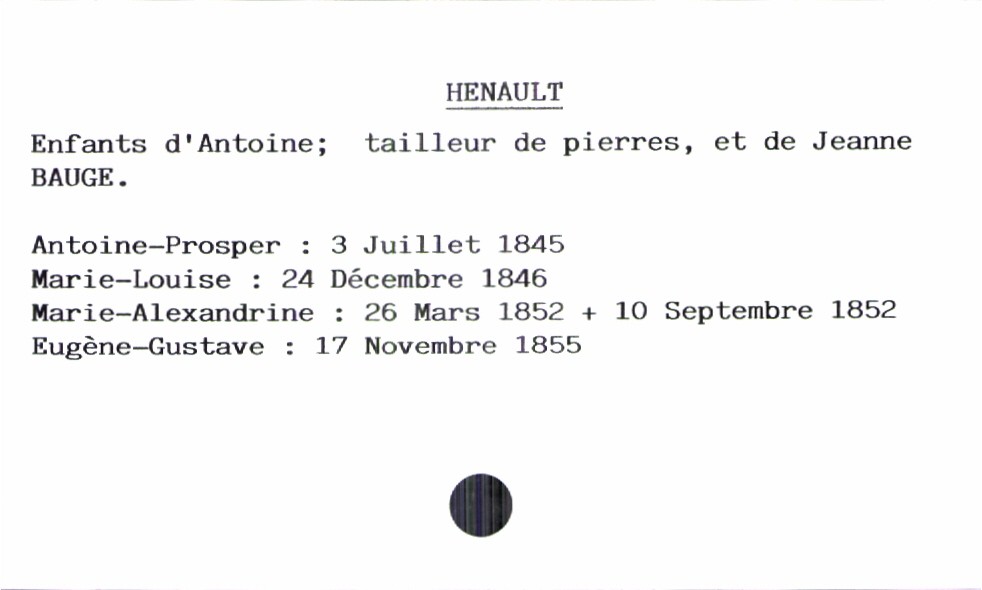
type_acte: Baptême
filiation: fils
enfant_prénom: Eugène-Gustave
enfant_date_de_naissance: 17 novembre 1855
enfant_date_de_décès: 10 septembre 1852
père_enfant_nom: Henault
père_enfant_prénom: Antoine
père_enfant_profession: tailleur de pierres
mère_enfant_nom: Bauge
mère_enfant_prénom: Jeanne